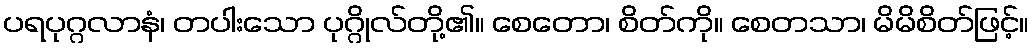
ပရပုဂ္ဂလာနံ၊ တပါးသော ပုဂ္ဂိုလ်တို့၏။ စေတော၊ စိတ်ကို။ စေတသာ၊ မိမိစိတ်ဖြင့်။